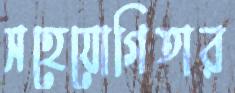
সহেযোগিতার